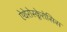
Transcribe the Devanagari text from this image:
ऐथेरोस्क्लेरोसिस